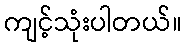
ကျင့်သုံးပါတယ်။